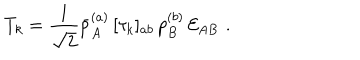
T _ { k } = { \frac { 1 } { \sqrt { 2 } } } \bar { p } _ { A } ^ { ( a ) } \, [ \tau _ { k } ] _ { a b } \, p _ { B } ^ { ( b ) } \, { \cal E } _ { A B } \, \, .